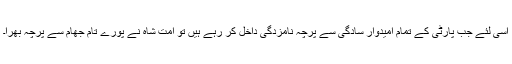
اسی لئے جب پارٹی کے تمام امیدوار سادگی سے پرچہ نامزدگی داخل کر رہے ہیں تو امت شاہ نے پورے تام جھام سے پرچہ بھرا۔